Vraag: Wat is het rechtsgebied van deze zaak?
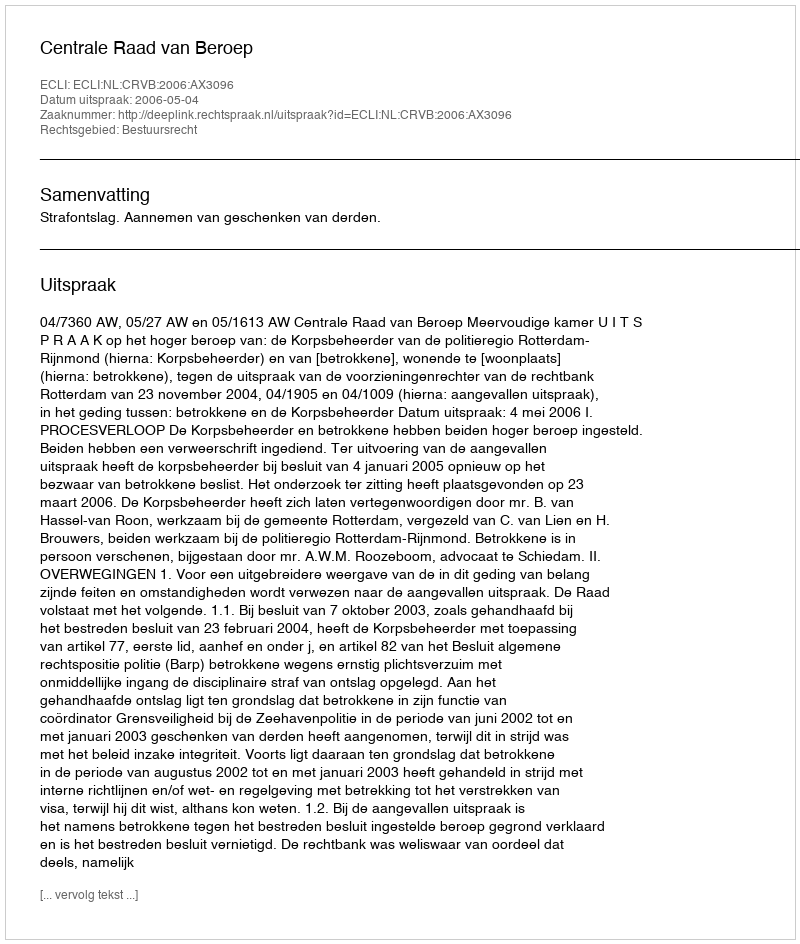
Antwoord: Bestuursrecht